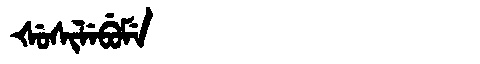
Manchu: ᡧᡠᠰᡳᠯᡝᠪᡠᠮᡝ
Romanization: ŠUSILEBUME